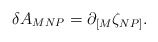
\begin{align*}\delta A_{MNP} = \partial_{[M}\zeta_{NP]}.\end{align*}